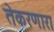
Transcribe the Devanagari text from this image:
तेकरणारा